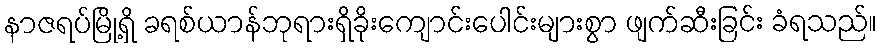
နာဇရပ်မြို့ရှိ ခရစ်ယာန်ဘုရားရှိခိုးကျောင်းပေါင်းများစွာ ဖျက်ဆီးခြင်း ခံရသည်။